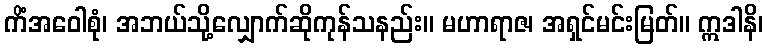
ကိံအဝေါစုံ၊ အဘယ်သို့လျှောက်ဆိုကုန်သနည်း။ မဟာရာဇ၊ အရှင်မင်းမြတ်။ ဣဒါနိ၊